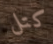
كتل